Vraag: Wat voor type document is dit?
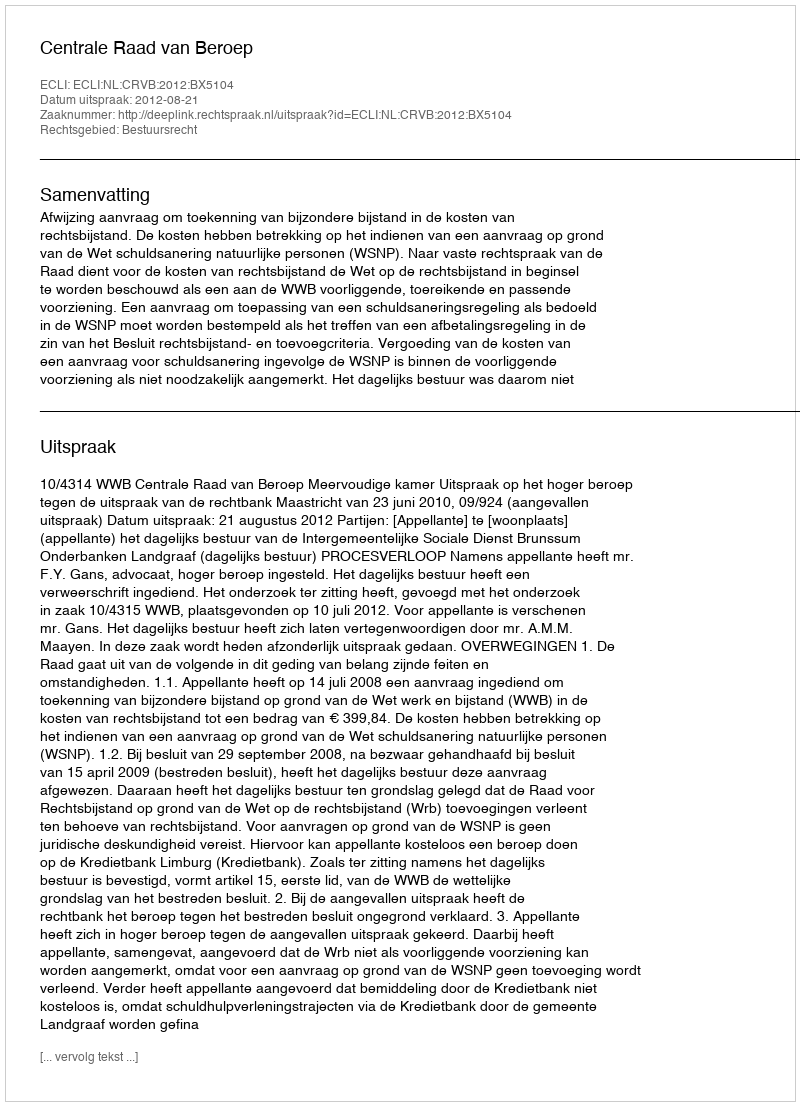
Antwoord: Uitspraak